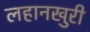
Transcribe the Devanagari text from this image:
लहानखुरी